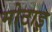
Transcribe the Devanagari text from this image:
मोटाइ